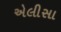
એલીસા